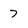
Character: 7